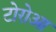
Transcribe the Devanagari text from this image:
टोरोआ